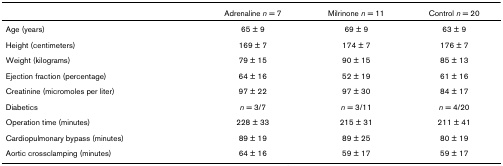
|  | Adrenaline n = 7 | Milrinone n = 11 | Control n = 20 |
 | --- | --- | --- | --- |
 | Age (years) | 65 ± 9 | 69 ± 9 | 63 ± 9 |
 | Height (centimeters) | 169 ± 7 | 174 ± 7 | 176 ± 7 |
 | Weight (kilograms) | 79 ± 15 | 90 ± 15 | 85 ± 13 |
 | Ejection fraction (percentage) | 64 ± 16 | 52 ± 19 | 61 ± 16 |
 | Creatinine (micromoles per liter) | 97 ± 22 | 97 ± 30 | 84 ± 17 |
 | Diabetics | n = 3/7 | n = 3/11 | n = 4/20 |
 | Operation time (minutes) | 228 ± 33 | 215 ± 31 | 211 ± 41 |
 | Cardiopulmonary bypass (minutes) | 89 ± 19 | 89 ± 25 | 80 ± 19 |
 | Aortic crossclamping (minutes) | 64 ± 16 | 59 ± 17 | 59 ± 17 |